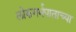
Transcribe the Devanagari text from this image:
लोकगर्भपाताच्या